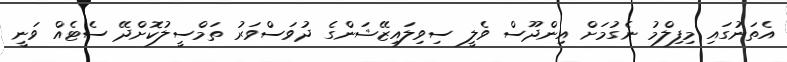
އެތަނުގައި މިފިލްމު ނެގުމަށް އިންދޫސް ވެލީ ސިވިލައިޒޭޝަންގެ ދުވަސްވަރު ތަމްސީލުކޮށްދޭ ސެޓެއް ވަނީ